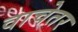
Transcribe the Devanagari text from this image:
वाचेतर